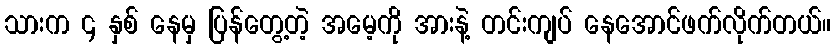
သားက ၄ နှစ် နေမှ ပြန်တွေ့တဲ့ အမေ့ကို အားနဲ့ တင်းကျပ် နေအောင်ဖက်လိုက်တယ်။